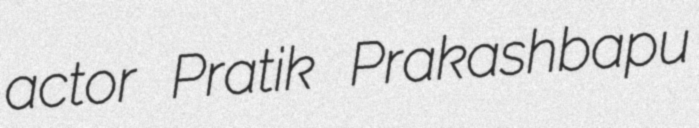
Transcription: actor Pratik Prakashbapu